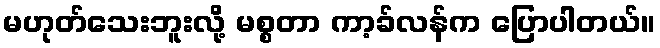
မဟုတ်သေးဘူးလို့ မစ္စတာ ကာ့ခ်လန်က ပြောပါတယ်။